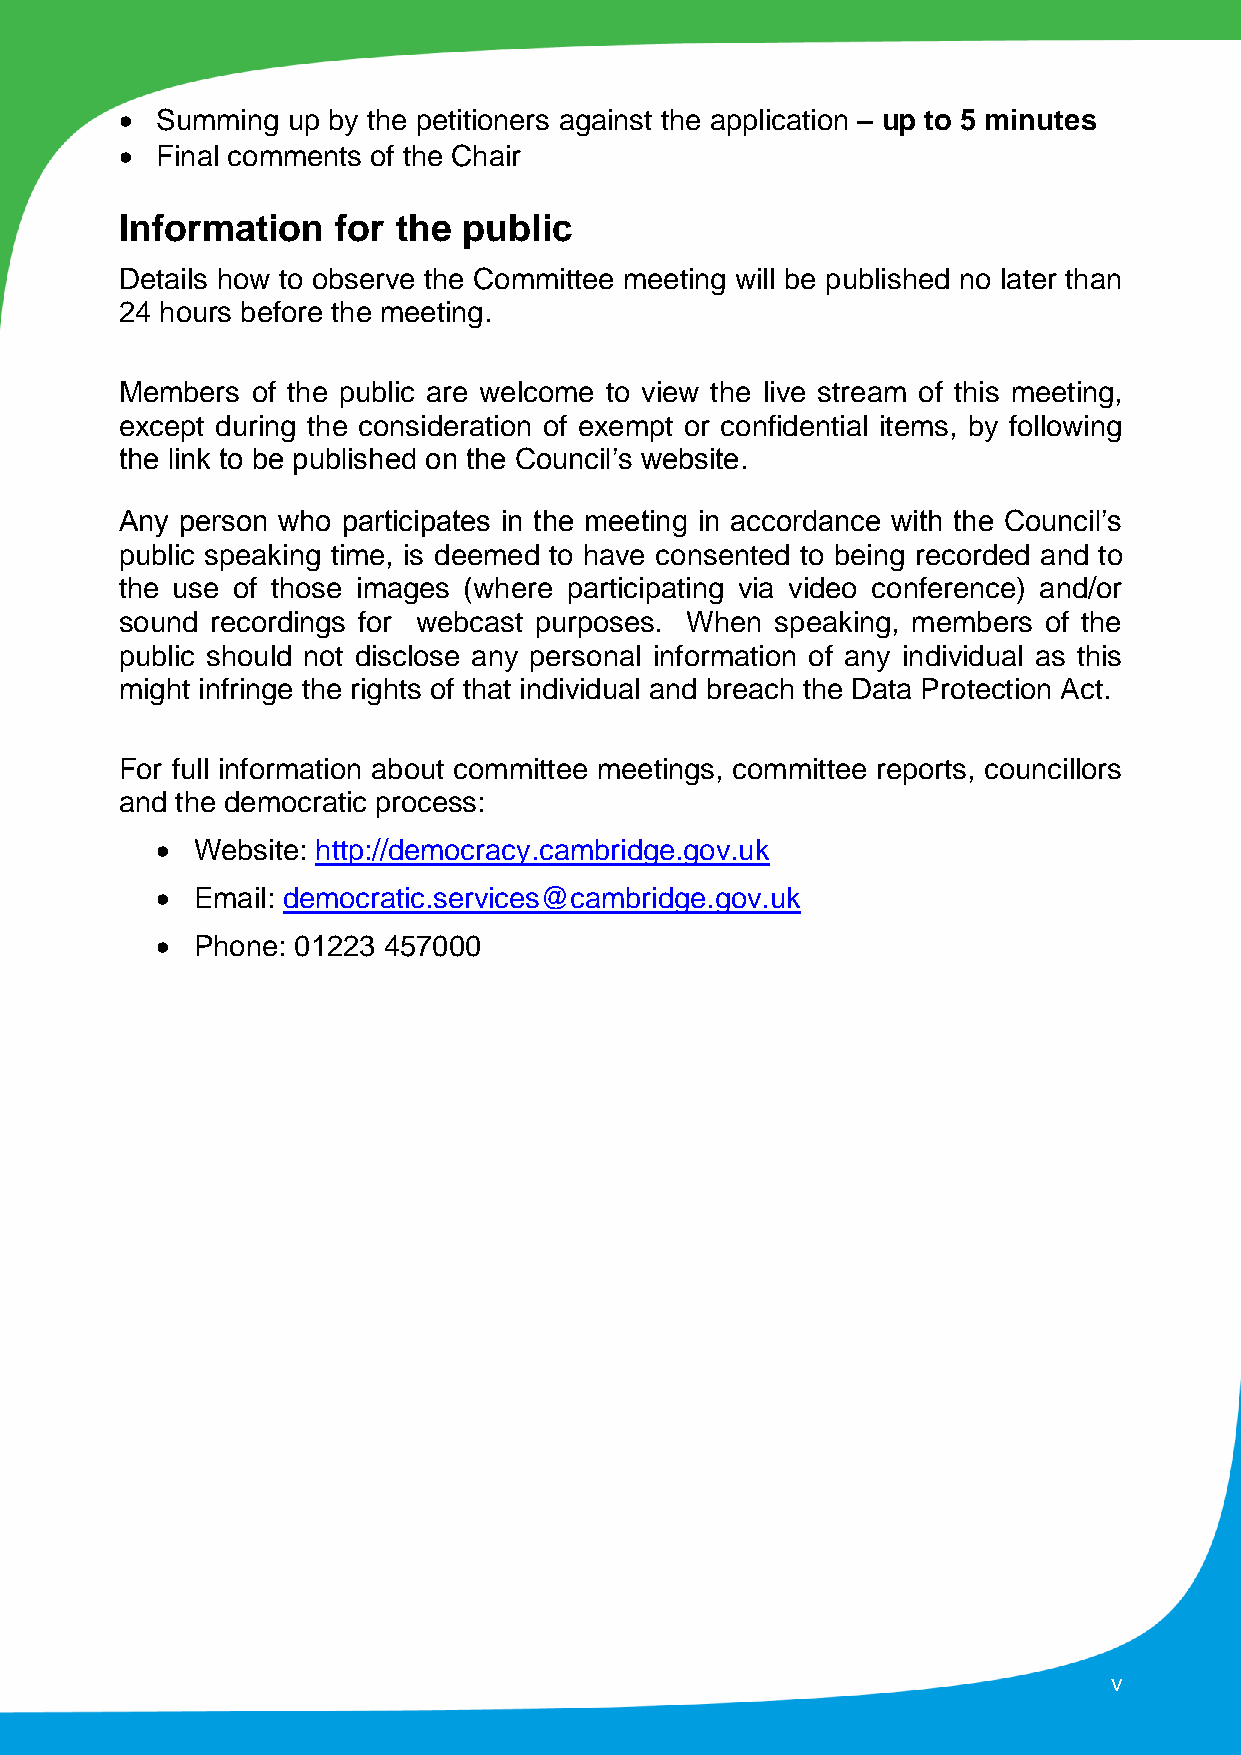
 Summing  up by the petitioners against the application – up to 5 minutes
  Final comments of the Chair
 Information   for the  public
 Details how to observe the Committee meeting will be published no later than
 24 hours before the meeting.
 Members  of the public are welcome to view the live stream of this meeting,
 except during the consideration of exempt or confidential items, by following
 the link to be published on the Council’s website.
 Any person who participates in the meeting in accordance with the Council’s
 public speaking time, is deemed to have consented to being recorded and to
 the use of those images (where participating via video conference) and/or
 sound recordings for webcast purposes. When speaking, members of the
 public should not disclose any personal information of any individual as this
 might infringe the rights of that individual and breach the Data Protection Act.
 For full information about committee meetings, committee reports, councillors
 and the democratic process:
   Website: http://democracy.cambridge.gov.uk
   Email: democratic.services@cambridge.gov.uk
   Phone: 01223 457000
 v